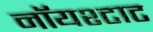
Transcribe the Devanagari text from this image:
नॉयश्टाट